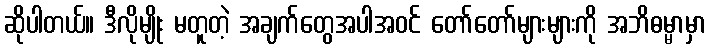
ဆိုပါတယ်။ ဒီလိုမျိုး မတူတဲ့ အချက်တွေအပါအဝင် တော်တော်များများကို အဘိဓမ္မာမှာ